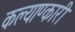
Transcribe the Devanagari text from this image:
कल्याण्कारी